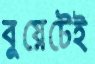
বুয়েটেই